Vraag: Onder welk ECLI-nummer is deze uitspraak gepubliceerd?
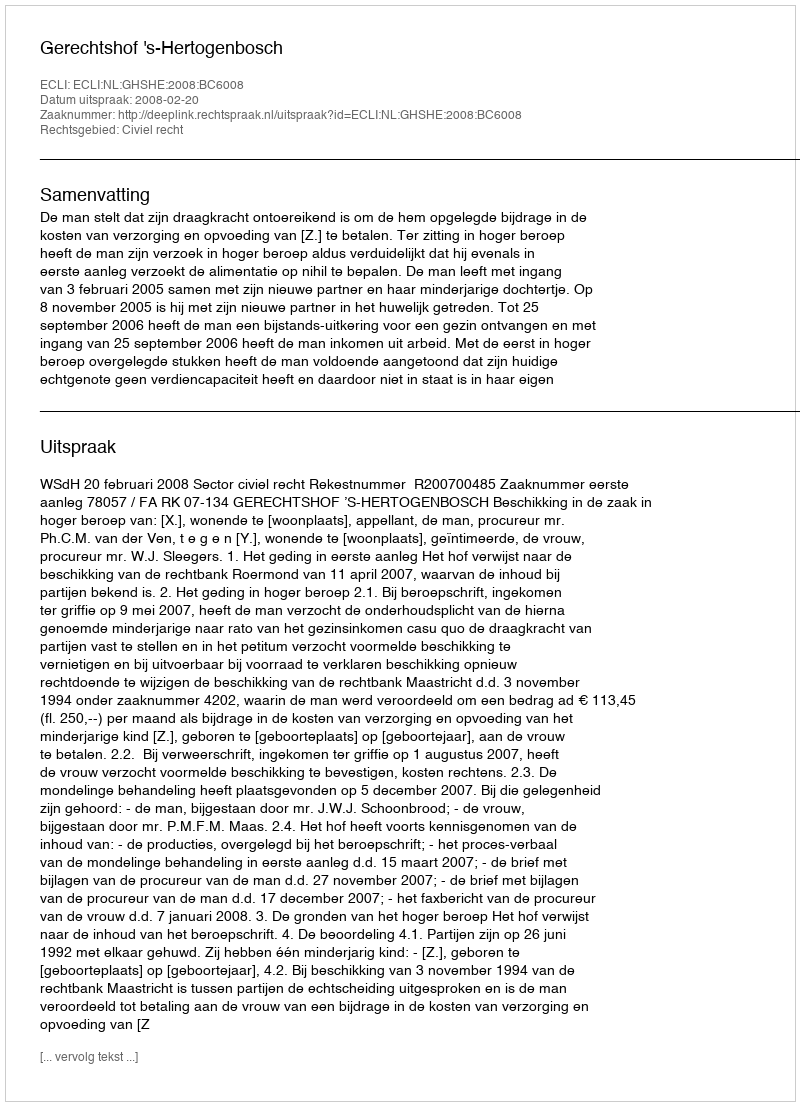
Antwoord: ECLI:NL:GHSHE:2008:BC6008